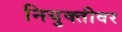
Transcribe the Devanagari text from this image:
नियुक्तीवर